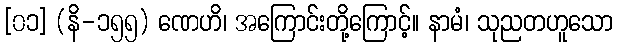
[၀၁] (နိ-၁၅၅) ဏေဟိ၊ အကြောင်းတို့ကြောင့်။ နာမံ၊ သုညတဟူသော